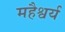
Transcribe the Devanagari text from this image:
महैश्वर्य